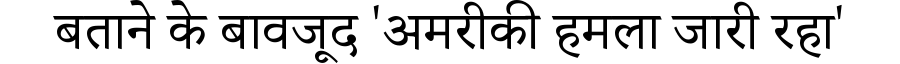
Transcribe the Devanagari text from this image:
बताने के बावजूद 'अमरीकी हमला जारी रहा'